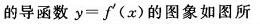
的导函数$$y = f ^ { \prime } ( x )$$的图象如图所